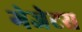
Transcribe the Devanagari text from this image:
गेजेटस